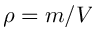
\rho = m / V